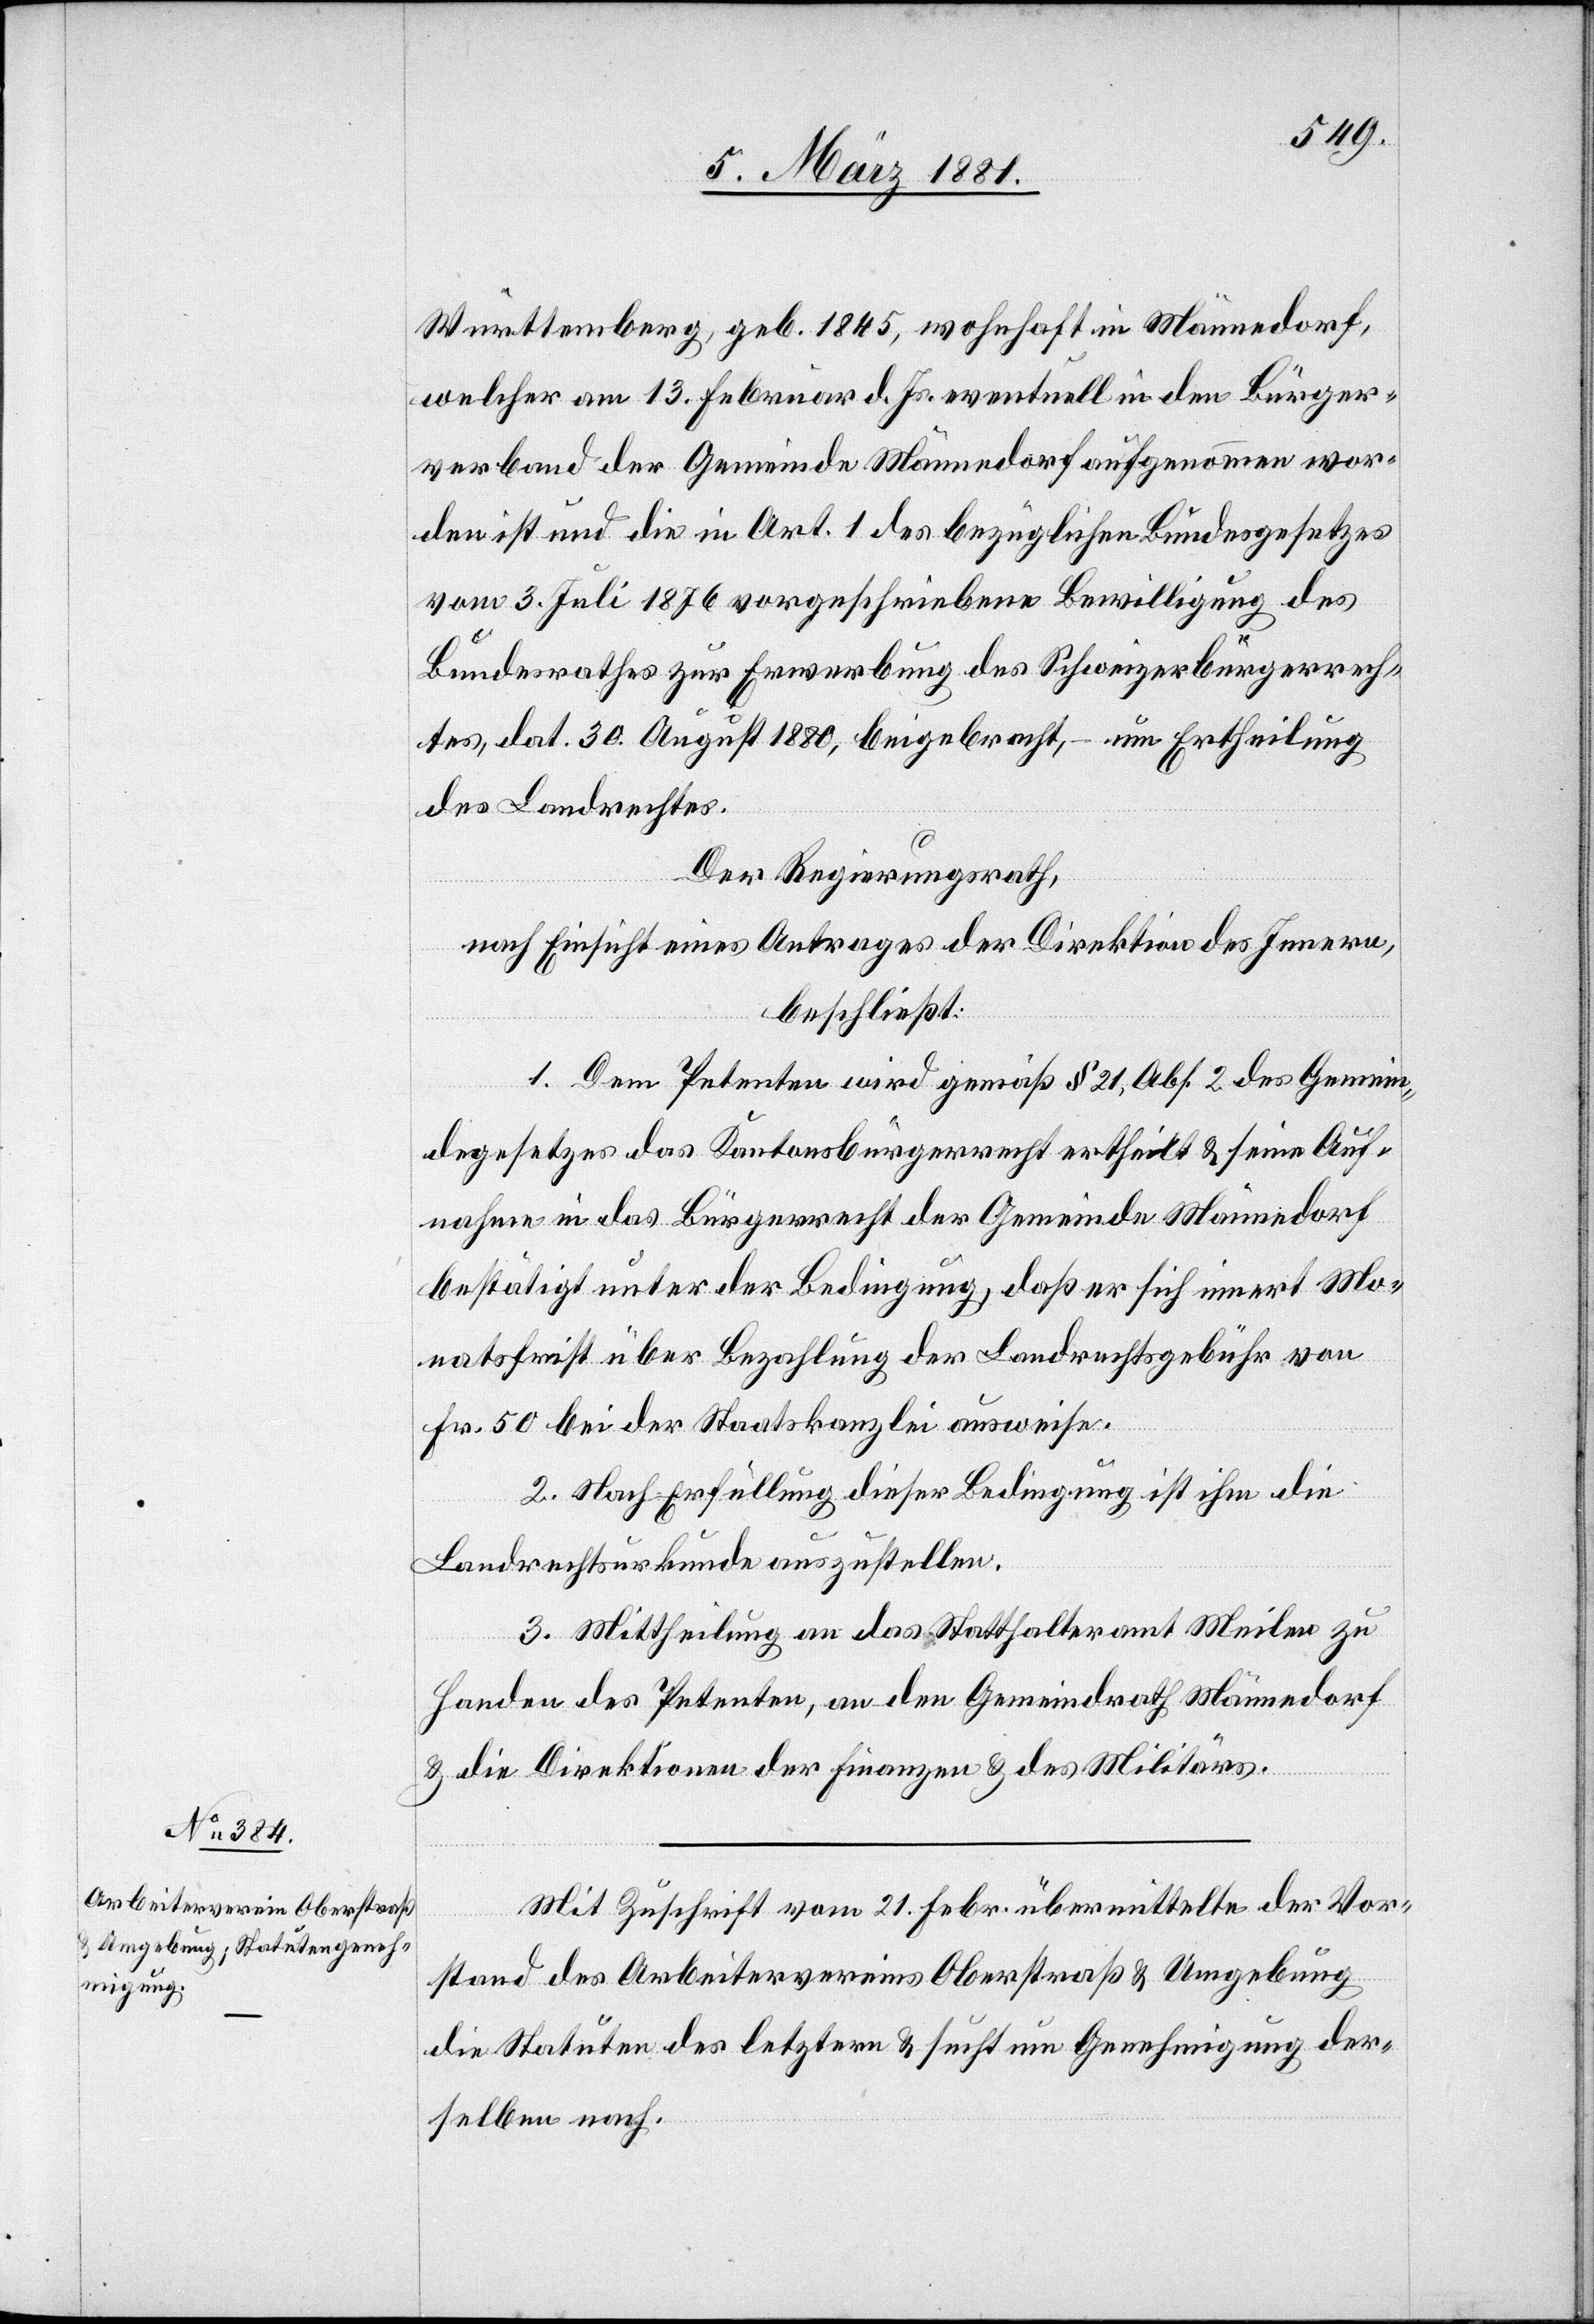
Württemberg, geb. 1845, wohnhaft in Männedorf,
welcher am 13. Februar d. Js. eventuell in den Bürger¬
verband der Gemeinde Männedorf aufgenommen wor¬
den ist und die in Art. 1 des bezüglichen Bundesgesetzes
vom 3. Juli 1876 vorgeschriebene Bewilligung des
Bundesrathes zur Erwerbung des Schweizerbürgerrech¬
tes, dat. 30 August 1880, beigebracht, – um Ertheilung
des Landrechtes.
Der Regierungsrath,
nach Einsicht eines Antrages der Direktion des Innern,
beschließt:
1. Dem Petenten wird gemäß § 21, Abs. 2 des Gemein¬
degesetzes das Kantonsbürgerrecht ertheilt & seine Auf¬
nahme in das Bürgerrecht der Gemeinde Männedorf
bestätigt unter der Bedingung, daß er sich innert Mo¬
natsfrist über Bezahlung der Landrechtsgebühr von
Fr. 50 bei der Staatskanzlei ausweise.
2. Nach Erfüllung dieser Bedingung ist ihm die
Landrechtsurkunde auszustellen.
3. Mittheilung an das Statthalteramt Meilen zu
Handen des Petenten, an den Gemeindrath Männedorf
& die Direktionen der Finanzen & des Militärs.
Mit Zuschrift vom 21. Febr. übermittelte der Vor¬
stand des Arbeitervereins Oberstraß & Umgebung
die Statuten des letztern & sucht um Genehmigung der¬
selben nach.